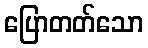
ပြောတတ်သော